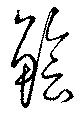
鱠